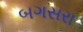
બગસરા